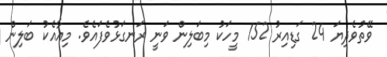
ވޭތުވެދިޔަ 24 ގަޑިއިރު 152 މީހަކު މިބަލިން ވަނީ ރަނގަޅުވެފައެވެ. މިއާއެކު ބަލިން